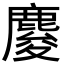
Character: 𪊴